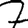
Digit: 7